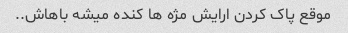
موقع پاک کردن ارایش مژه ها کنده میشه باهاش..